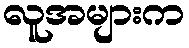
လူအများက